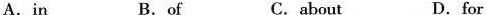
A.in B.of C.about D.for